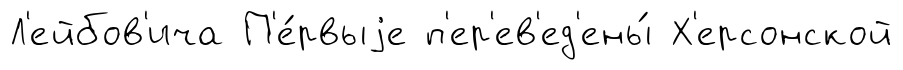
Л'ейбов'ича П'е́рвыjе п'ер'ев'ед'ены́ Х'ерсонской